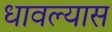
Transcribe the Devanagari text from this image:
धावल्यास